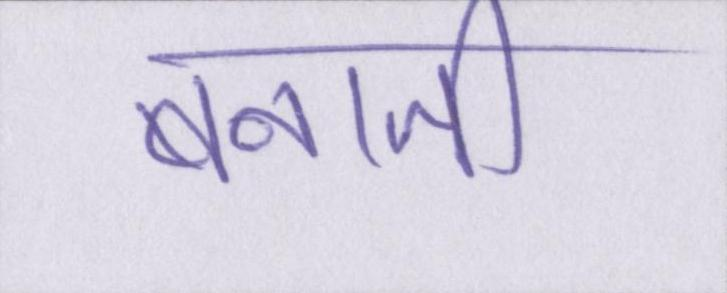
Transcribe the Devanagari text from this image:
बनाती